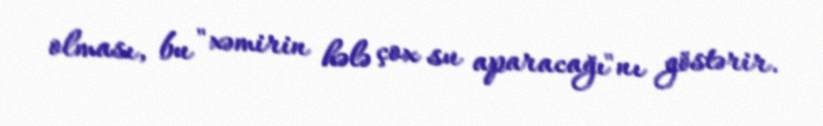
olması, bu "xəmirin hələ çox su aparacağı"nı göstərir.